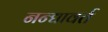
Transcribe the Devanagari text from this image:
नन्द्यावर्त